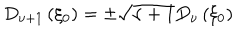
D _ { \nu + 1 } \left( \xi _ { 0 } \right) = \pm \sqrt { \nu + 1 } D _ { \nu } \left( \xi _ { 0 } \right)